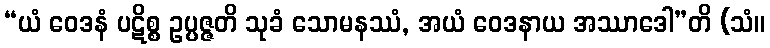
“ယံ ဝေဒနံ ပဋိစ္စ ဥပ္ပဇ္ဇတိ သုခံ သောမနဿံ, အယံ ဝေဒနာယ အဿာဒေါ”တိ (သံ။